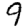
Digit: 9